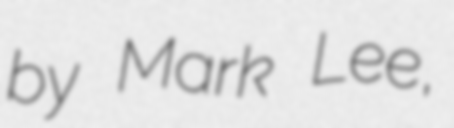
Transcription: by Mark Lee,